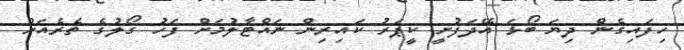
ހިފައިގެން ދިޔަ ބޯޅަ އޭދަފުށީ ކީޕަރު ކައިރިން ނައްޓާލުމަށް ފަހު ގޯލުގެ ތެރެއަށް